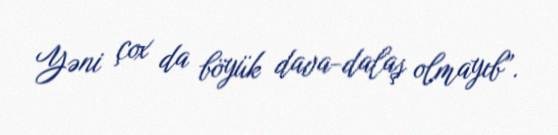
Yəni çox da böyük dava-dalaş olmayıb”.